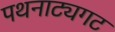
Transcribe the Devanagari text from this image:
पथनाट्यगट